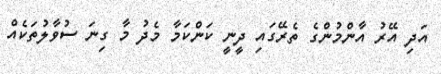
އަދި އޭރު އާންމުންގެ ތެރޭގައި ދީނީ ކަންކަމާ މެދު މާ ގިނަ ސުވާލުތަކެއް